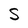
Character: S